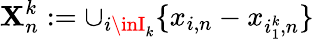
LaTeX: \mathbf{X}_{n}^{k}:=\cup_{i\inI_{k}}\{ x_{i,n}-x_{i_{1}^{k},n}\}